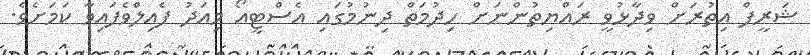
ޝަރީފްް އިތުރަށް ވިދާޅުވީ ރައްޔިތުންނަށް ހިދުމަތް ދިނުމުގައި އެސްޓީއޯ މިއަދު ފެއިލްވެފައިވާ ކަމަށެވެ.